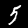
Label: 5